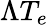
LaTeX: \Lambda T_{e}